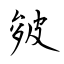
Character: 皴